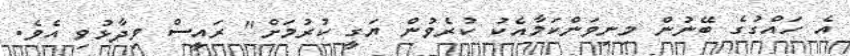
އެ ހައްގުގެ ބޭނުން މިނިވަންކަމާއެކު ކުރެވުން ޔަގީ ކުރުމަށް" ރައީސް ވިދާޅުވި އެވެ.